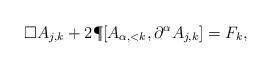
LaTeX: \begin{align*}\Box A_{j,k} + 2 \P [A_{\alpha,<k}, \partial^\alpha A_{j,k}] = F_k,\end{align*}